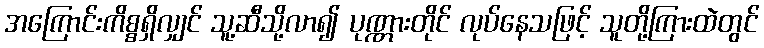
အကြောင်းကိစ္စရှိလျှင် သူ့ဆီသို့လာ၍ ပုဏ္ဏားတိုင် လုပ်နေသဖြင့် သူတို့ကြားထဲတွင်